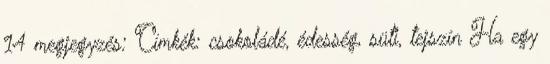
14 megjegyzés: Címkék: csokoládé, édesség, süti, tejszín Ha egy